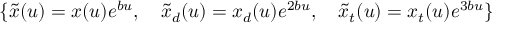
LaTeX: \{ \tilde { x } ( u ) = x ( u ) e ^ { b u } , \quad \tilde { x } _ { d } ( u ) = x _ { d } ( u ) e ^ { 2 b u } , \quad \tilde { x } _ { t } ( u ) = x _ { t } ( u ) e ^ { 3 b u } \}